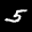
Label: 5